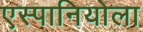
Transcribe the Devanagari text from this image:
एस्पानियोला